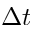
\Delta t